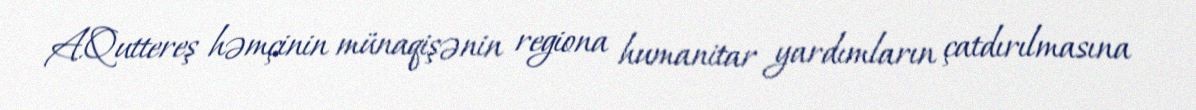
A.Quttereş həmçinin münaqişənin regiona humanitar yardımların çatdırılmasına